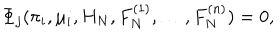
\Phi _ { j } ( \pi _ { i } , \mu _ { i } , H _ { N } , F _ { N } ^ { ( 1 ) } , \ldots , F _ { N } ^ { ( n ) } ) = 0 ,